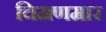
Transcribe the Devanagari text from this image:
चिमणमार